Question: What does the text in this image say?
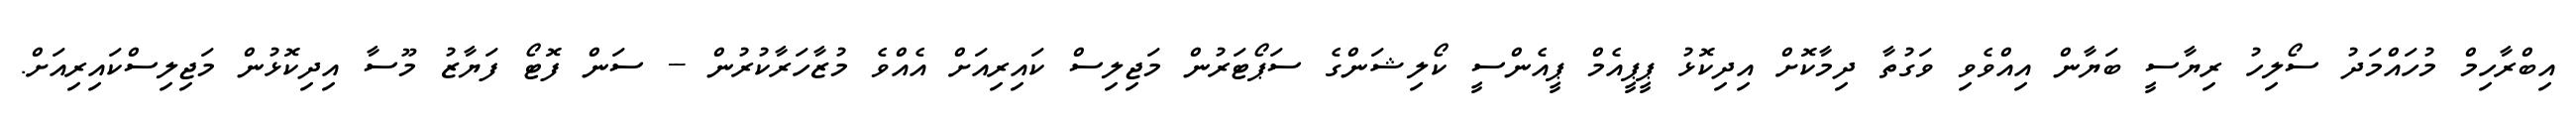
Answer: އިބްރާހިމް މުހައްމަދު ސޯލިހު ރިޔާސީ ބަޔާން އިއްވެވި ވަގުތާ ދިމާކޮށް އިދިކޮޅު ޕީޕީއެމް ޕީއެންސީ ކޯލިޝަންގެ ސަޕޯޓަރުން މަޖިލިސް ކައިރިއަށް އެއްވެ މުޒާހަރާކުރުން -- ސަން ފޮޓޯ ފަޔާޒު މޫސާ އިދިކޮޅުން މަޖިލިސްކައިރިއަށް.